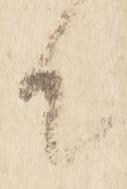
て